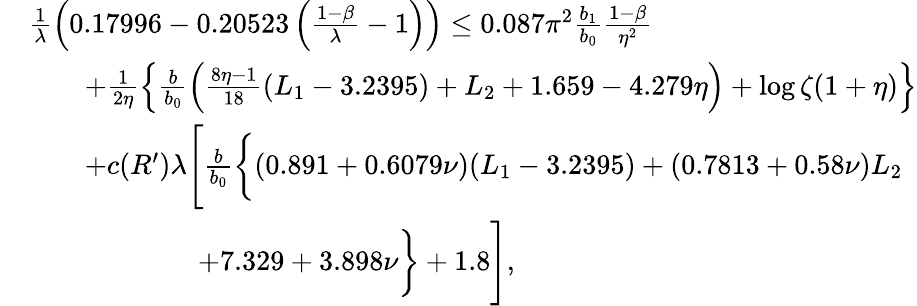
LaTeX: \begin{array}{rl}&{\frac{1}{\lambda}\left(0.17996-0.20523\left(\frac{1-\beta}{\lambda}-1\right)\right)\le 0.087\pi^{2}\frac{b_{1}}{b_{0}}\frac{1-\beta}{\eta^{2}}}\\ &{\qquad+\frac{1}{2\eta}\left\{ \frac{b}{b_{0}}\left(\frac{8\eta-1}{18}(L_{1}-3.2395)+L_{2}+1.659-4.279\eta\right)+\log\zeta(1+\eta)\right\} }\\ &{\qquad+c(R^{\prime})\lambda\Bigg[\frac{b}{b_{0}}\bigg\{ (0.891+0.6079\nu)(L_{1}-3.2395)+(0.7813+0.58\nu)L_{2}}\\ &{\qquad\qquad\qquad+7.329+3.898\nu\bigg\} +1.8\Bigg],}\end{array}